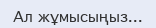
Ал жұмысыңыз...